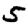
Digit: 5